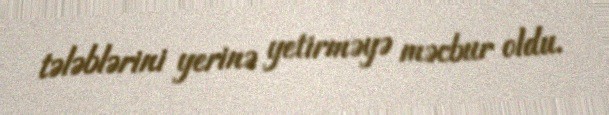
tələblərini yerinə yetirməyə məcbur oldu.